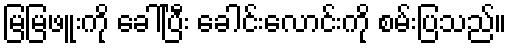
မြမြဖူးကို ခေါ်ပြီး ခေါင်းလောင်းကို စမ်းပြသည်။